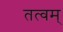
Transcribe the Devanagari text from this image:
तत्वम्